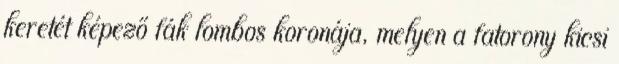
keretét képező fák lombos koronája, melyen a fatorony kicsi